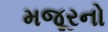
મજૂરનો